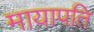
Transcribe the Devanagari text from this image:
मायापति